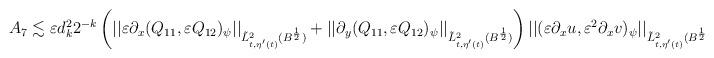
LaTeX: \begin{align*}\begin{aligned}&A_7\lesssim \varepsilon d_k^22^{-k}\left(||\varepsilon\partial_x(Q_{11}, \varepsilon Q_{12})_\psi||_{\tilde L^2_{t,\eta'(t)}(B^\frac12)}+||\partial_y(Q_{11}, \varepsilon Q_{12})_\psi||_{\tilde L^2_{t,\eta'(t)}(B^\frac12)}\right)||(\varepsilon\partial_xu, \varepsilon^2\partial_x v)_\psi||_{\tilde L^2_{t,\eta'(t)}(B^\frac12)}\end{aligned}\end{align*}